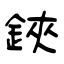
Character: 鋏